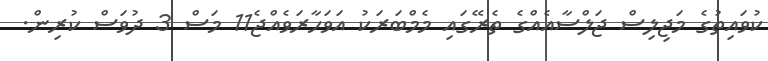
ކުވައިތުގެ މަޖިލިސް ޖަލްސާއެއްގެ ތެރޭގައި މެމްބަރަކު އަވަހާރަވެއްޖެ11 މަސް 3 ދުވަސް ކުރިން.